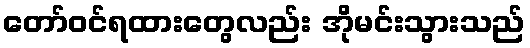
တော်ဝင်ရထားတွေလည်း အိုမင်းသွားသည်